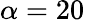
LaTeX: \alpha=20